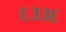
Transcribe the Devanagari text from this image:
६३३६